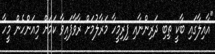
"އާއިލާގައި ބާކީ ތިބި ދަރިންނާއި ފިރިމީހާ މަރާލުމަށް ރާވާފައިވާ ކަމަށް މިއަންހެން މީހާ